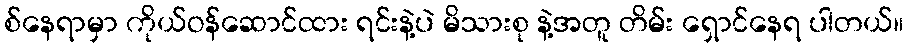
စ်နေရာမှာ ကိုယ်ဝန်ဆောင်ထား ရင်းနဲ့ပဲ မိသားစု နဲ့အတူ တိမ်း ရှောင်နေရ ပါတယ်။